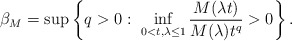
\begin{align*}\beta_M=\sup\left\{q>0:\,\, \inf_{0<t,\lambda\leq 1} \frac{M(\lambda t)}{M(\lambda)t^q}>0 \right\}.\end{align*}